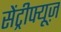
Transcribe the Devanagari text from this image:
सेंट्रीफ्यूज़